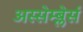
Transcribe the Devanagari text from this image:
अस्सेम्ब्लेर्स